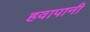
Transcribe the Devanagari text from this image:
हवापानी